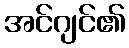
အင်ဂျင်၏